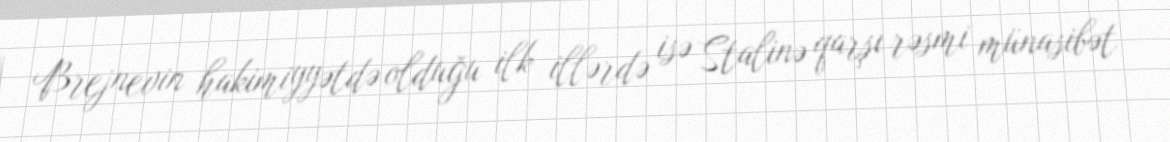
Brejnevin hakimiyyətdə olduğu ilk illərdə isə Stalinə qarşı rəsmi münasibət